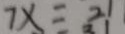
7 x = 2 1